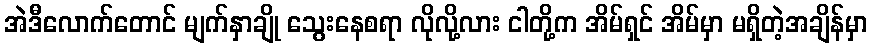
အဲဒီလောက်တောင် မျက်နှာချို သွေးနေစရာ လိုလို့လား ငါတို့က အိမ်ရှင် အိမ်မှာ မရှိတဲ့အချိန်မှာ